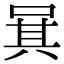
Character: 𠴩